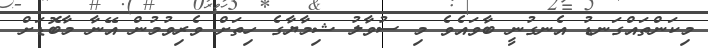
މިކަންތައްގަނޑު އެނގުނީ ބާވައެވެ މި ސުވާލު ޝިމާޔާގެ ހިތަށް ވެރިވުމުން އޭނާ މާބޮޑަށް